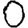
Digit: 0